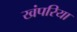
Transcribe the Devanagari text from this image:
खंपरिया